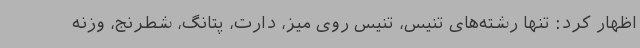
اظهار کرد: تنها رشته‌های تنیس، تنیس روی میز، دارت، پتانگ، شطرنج، وزنه